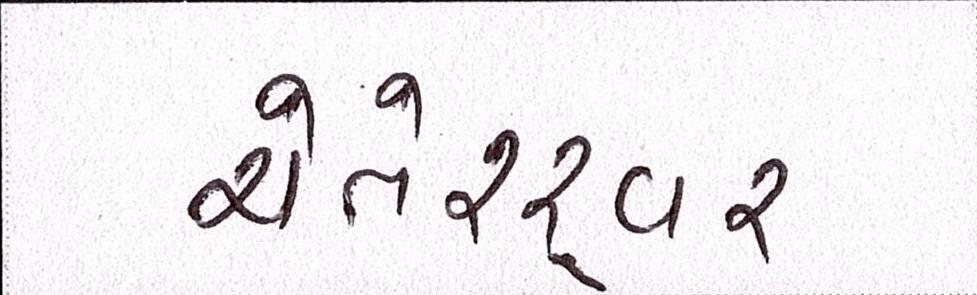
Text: ચેતેશ્ર્વર